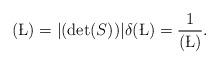
LaTeX: \begin{align*}(\L) = |(\det(S))| \delta(\L) = \frac{1}{(\L)}.\end{align*}